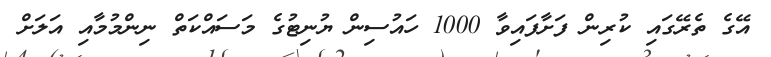
އޭގެ ތެރޭގައި ކުރިން ފަށާފައިވާ 1000 ހައުސިން ޔުނިޓުގެ މަސައްކަތް ނިންމުމާއި އަލަށް